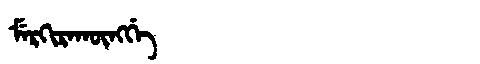
Manchu: ᠮᡝᡵᡴᡳᡵᠠᡴᡡᠩᡤᡝ
Romanization: MERKIRAKŪNGGE